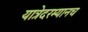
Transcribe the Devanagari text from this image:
यात्रेदरम्यानच